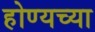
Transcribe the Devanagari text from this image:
होण्यच्या